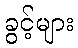
ခွင့်များ